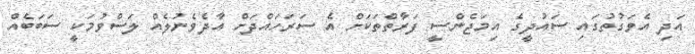
އަދި އެވަގުތުގައި ސައުދީގެ އިމަޖެންސީ ފަރާތްތަކަށް އެ ސަރަހައްދަށް އާދެވެނުލެއް ލަސްވުމަކީ ސަބަބެއް